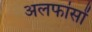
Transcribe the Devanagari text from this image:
अलफांसों